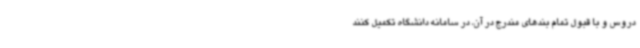
دروس و با قبول تمام بندهای مندرج در آن، در سامانه دانشگاه تکمیل کنند